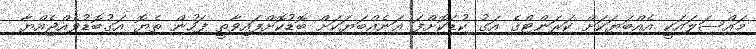
މައްސަލައަކީ އެއްބަޔަކަށް ކަރަންޓްގެ އަގު ކުޑަކޮށްފަ އަނެއްބަޔަކަށް ބޮޑުކޮށްފައިވާތީ ފަހުން ތެޔޮ އަގުބޮޑުވެއްޖެއްޔާ